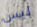
ليس